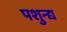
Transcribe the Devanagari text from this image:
पशुन्द्य